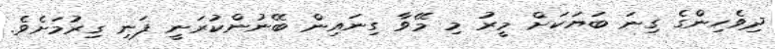
ދިވެހިންގެ ގިނަ ބަޔަކަށް މީރު މި މޭވާ ގިނައިން ބޭނުންކުރަނީ ފަނި ގިރުމަށެވެ.